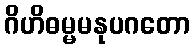
ဂိဟိဓမ္မမနုပဂတော